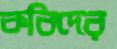
কবিদের